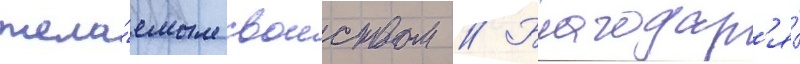
жела́емым своиством // Благодар'я́